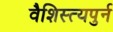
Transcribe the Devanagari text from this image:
वैशिस्त्यपुर्न